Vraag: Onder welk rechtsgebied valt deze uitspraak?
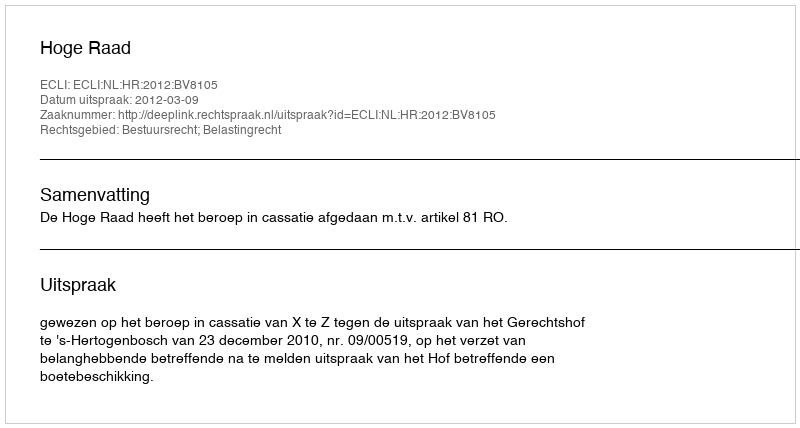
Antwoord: Bestuursrecht; Belastingrecht